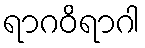
ရာဂဝိရာဂါ